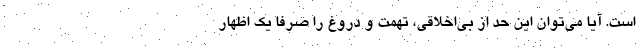
است. آیا می‌توان‌ این‌ حد از بی‌اخلاقی، تهمت و دروغ را صرفا یک اظهار